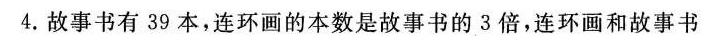
4.故事书有39本，连环画的本数是故事书的3倍，连环画和故事书